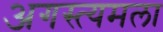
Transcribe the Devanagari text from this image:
अगस्त्यमला